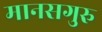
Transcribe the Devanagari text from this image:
मानसगुरु